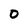
Character: 0